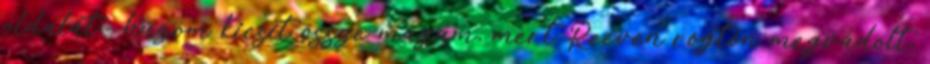
oldalát.- húzom kicsit össze magam, mert Reeven rögtön megvádolt,